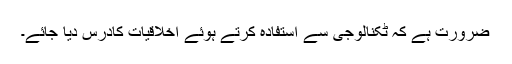
ضرورت ہے کہ ٹکنالوجی سے استفادہ کرتے ہوئے اخلاقیات کادرس دیا جائے۔